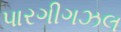
પારગીગઝલ